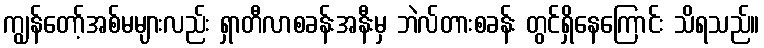
ကျွန်တော့်အစ်မများလည်း ရှာတီလာစခန်းအနီးမှ ဘဲလ်တားစခန်း တွင်ရှိနေကြောင်း သိရသည်။